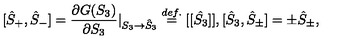
[ \hat { S } _ { + } , \hat { S } _ { - } ] = \displaystyle \frac { \partial G ( S _ { 3 } ) } { \partial S _ { 3 } } \vert _ { S _ { 3 } \to \hat { S } _ { 3 } } \stackrel { d e f . } { = } [ [ \hat { S _ { 3 } } ] ] , [ \hat { S } _ { 3 } , \hat { S } _ { \pm } ] = \pm \hat { S } _ { \pm } ,